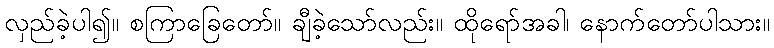
လှည်ခဲ့ပါ၍။ စကြာခြေတော်။ ချီခဲ့သော်လည်း။ ထိုရော်အခါ၊ နောက်တော်ပါသား။